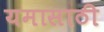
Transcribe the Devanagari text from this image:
यमासाठी